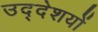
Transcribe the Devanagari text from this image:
उद्देशयों